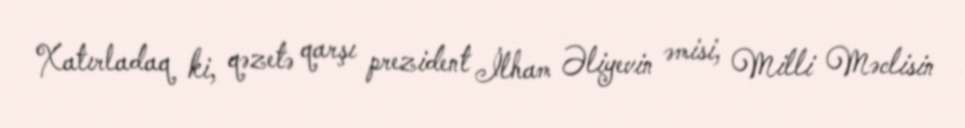
Xatırladaq ki, qəzetə qarşı prezident İlham Əliyevin əmisi, Milli Məclisin